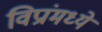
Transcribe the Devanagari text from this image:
विप्रांमध्ये